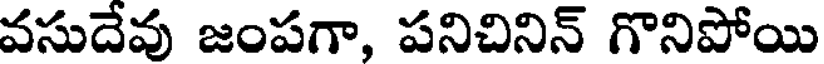
వసుదేవు జంపగా, పనిచినిన్ గొనిపోయి